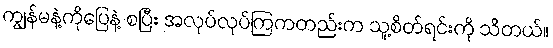
ကျွန်မနဲ့ကိုပြေနဲ့ စပြီး အလုပ်လုပ်ကြကတည်းက သူ့စိတ်ရင်းကို သိတယ်။